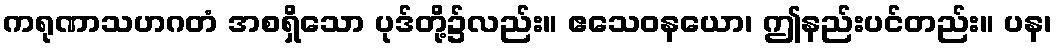
ကရုဏာသဟဂတံ အစရှိသော ပုဒ်တို့၌လည်း။ ဧသေဝနယော၊ ဤနည်းပင်တည်း။ ပန၊